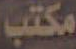
مكتب